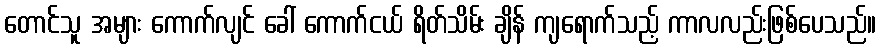
တောင်သူ အများ ကောက်လျင် ခေါ် ကောက်ငယ် ရိတ်သိမ်း ချိန် ကျရောက်သည့် ကာလလည်းဖြစ်ပေသည်။